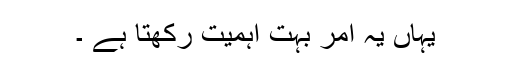
یہاں یہ امر بہت اہمیت رکھتا ہے ۔